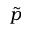
\tilde { p }